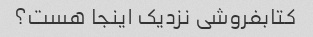
کتابفروشی نزدیک اینجا هست؟